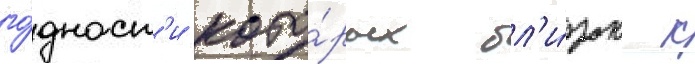
го́дност'и кото́рых бл'и́зок к